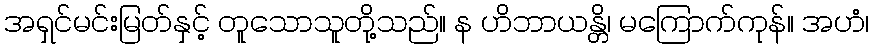
အရှင်မင်းမြတ်နှင့် တူသောသူတို့သည်။ န ဟိဘာယန္တိ၊ မကြောက်ကုန်။ အဟံ၊